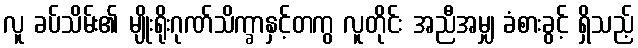
လူ ခပ်သိမ်း၏ မျိုးရိုးဂုဏ်သိက္ခာနှင့်တကွ လူတိုင်း အညီအမျှ ခံစားခွင့် ရှိသည့်